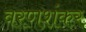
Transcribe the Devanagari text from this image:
वरणशंकर